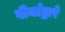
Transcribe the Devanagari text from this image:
वीर्याद्वारे